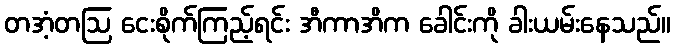
တအံ့တဩ ငေးစိုက်ကြည့်ရင်း အီကာအိက ခေါင်းကို ခါးယမ်းနေသည်။